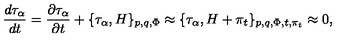
{ \frac { d { \tau _ { \alpha } } } { d t } } = \frac { \partial \tau _ { \alpha } } { \partial t } + \{ \tau _ { \alpha } , H \} _ { p , q , \Phi } \approx \{ \tau _ { \alpha } , H + \pi _ { t } \} _ { p , q , \Phi , t , \pi _ { t } } \approx 0 ,